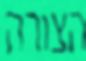
הצורה